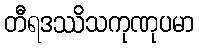
တီရဒဿိသကုဏုပမာ